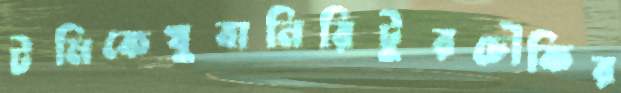
টমিকেখুবানিরিটুরচৌকির